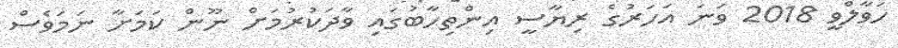
ހަވާލްވީ 2018 ވަނަ އަހަރުގެ ރިޔާސީ އިންތިހާބުގައި ވާދަކުރުމަށް ނޫން ކަމަށާ ނަމަވެސް